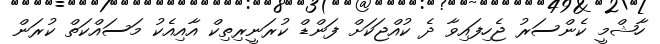
ހާޝްމީ ކެންސަރު ޖެހިފައިވާ ދެ ކުއްޖަކަށް ފަންޑް ކުރަނީރިތިކް އާއިއެކު މަސައްކަތް ކުރަން